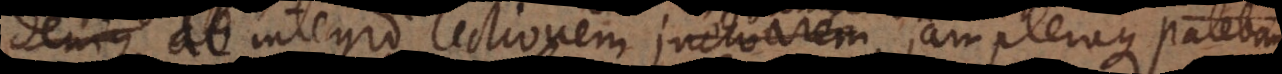
de integro lectionem inchoarem, jam pleraque patebant,